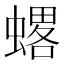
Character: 𧐋